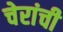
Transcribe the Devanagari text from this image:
चेरांची